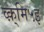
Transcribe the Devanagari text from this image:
व्क़्मि५इ